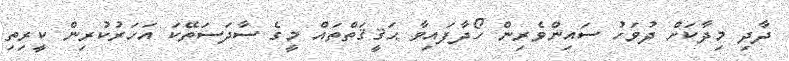
ދާދި މިދާކަށް ދުވަހު ސައިންވެރިން ހޯދާފައިވާ ޙަޤީޤަތްތައް މީގެ ސާދަސަތޭކަ އަހަރުކުރިން ކީރިތި